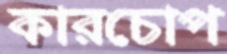
কারচোপ